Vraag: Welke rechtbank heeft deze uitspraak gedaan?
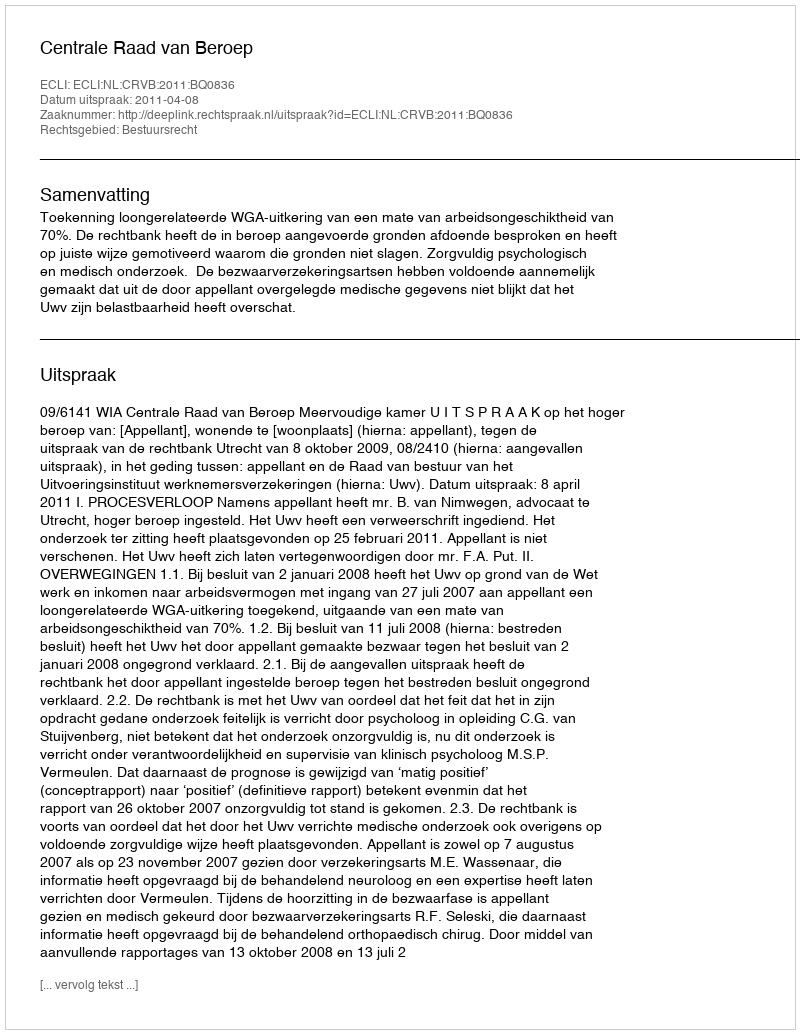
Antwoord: Centrale Raad van Beroep